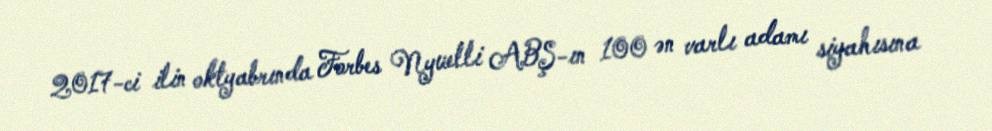
2017-ci ilin oktyabrında Forbes Nyuelli ABŞ-ın 100 ən varlı adamı siyahısına